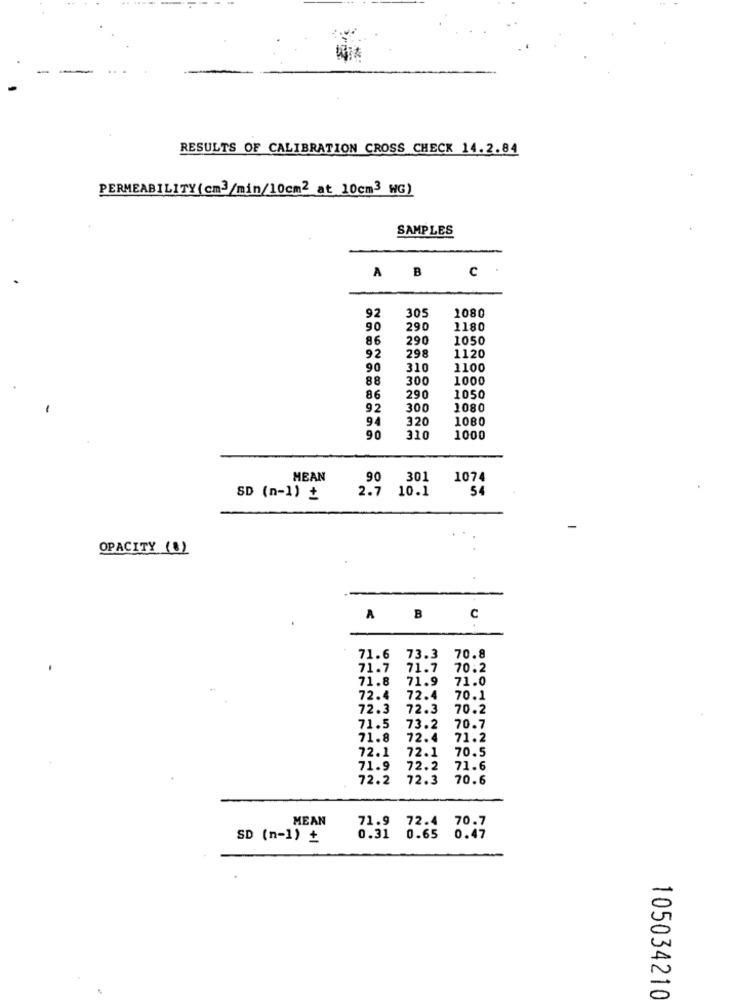
RESULTS OF CALIBRATION CROSS CHECK 14.2.84
PERMEABILITY(cm3/min/10cm2 at 10cm3 WG)
SAMPLES
c
A B
92
305
1080
90
290
1180
86
290
1050
298
92
1120
90
310
1100
88
300
1000
86
290
1050
92
300
1080
94
320
1080
90
310
1000
MEAN
90
301
1074
2.7
10.1
54
SD (n-1) +
OPACITY (8)
A B
c
71.6 73.3
70.8
71.7
71.7
70.2
71.8
71.9
71.0
72.4
72.4
70.1
72.3
72.3
70.2
71.5
73.2
70.7
71.8
72.4
71.2
72.1
72.1
70.5
71.9
72.2
71.6
72.2
72.3
70.6
MEAN
71.9 72.4
70.7
SD (n-1) +
0.31 0.65 0.47
105034210